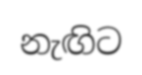
නැඟිට